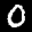
Label: 0